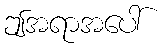
ဤအရာအပေါ်